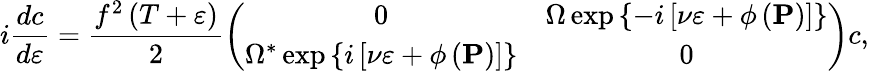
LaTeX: i\frac{dc}{d\varepsilon}=\frac{f^{2}\left(T+\varepsilon\right)}{2}\left(\begin{array}{cc}{0}&{\Omega\exp\left\{ -i\left[\nu\varepsilon+\phi\left(\mathbf{P}\right)\right]\right\} }\\ {\Omega^{\ast}\exp\left\{ i\left[\nu\varepsilon+\phi\left(\mathbf{P}\right)\right]\right\} }&{0}\end{array}\right)c,